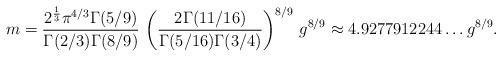
LaTeX: \begin{align*}m={2^{1\over 3} \pi^{4/3} \Gamma(5/9)\over \Gamma(2/3)\Gamma(8/9)}\,\left({2\Gamma(11/16)\over\Gamma(5/16)\Gamma(3/4)}\right)^{8/9}\,g^{8/9}\approx 4.9277912244\ldots g^{8/9} .\end{align*}